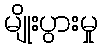
မျိုးပွားမှု